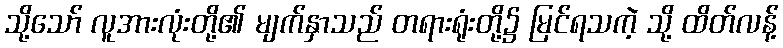
သို့သော် လူအားလုံးတို့၏ မျက်နှာသည် တရားရုံးတို့၌ မြင်ရသကဲ့ သို့ ထိတ်လန့်